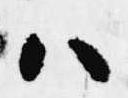
ハ